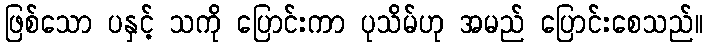
ဖြစ်သော ပနှင့် သကို ပြောင်းကာ ပုသိမ်ဟု အမည် ပြောင်းစေသည်။